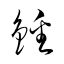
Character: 鐇